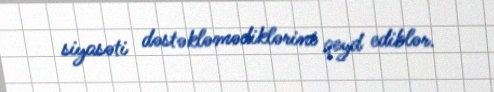
siyasəti dəstəkləmədiklərini qeyd ediblər.